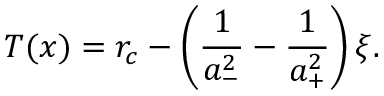
T ( x ) = r _ { c } - \left( \frac { 1 } { a _ { - } ^ { 2 } } - \frac { 1 } { a _ { + } ^ { 2 } } \right) \xi .